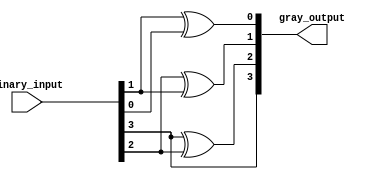
module relative_encoder (
    input [3:0] binary_input,   // 4-bit binary input
    output [3:0] gray_output     // 4-bit gray code output
);

// Combinational logic to convert binary input to gray code
assign gray_output[3] = binary_input[3];          // Most Significant Bit remains unchanged
assign gray_output[2] = binary_input[3] ^ binary_input[2];  // G2 = B3 XOR B2
assign gray_output[1] = binary_input[2] ^ binary_input[1];  // G1 = B2 XOR B1
assign gray_output[0] = binary_input[1] ^ binary_input[0];  // G0 = B1 XOR B0

endmodule